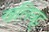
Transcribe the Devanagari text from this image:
खलिघट्ट